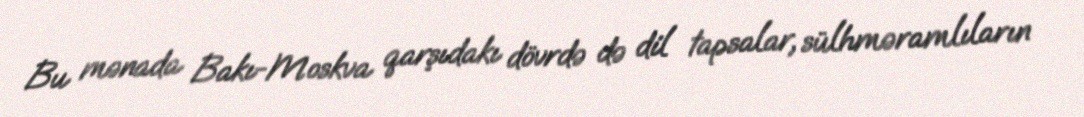
Bu mənada Bakı-Moskva qarşıdakı dövrdə də dil tapsalar, sülhməramlıların